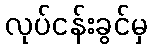
လုပ်ငန်းခွင်မှ